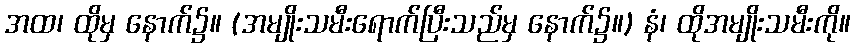
အထ၊ ထိုမှ နောက်၌။ (အမျိုးသမီးရောက်ပြီးသည်မှ နောက်၌။) နံ၊ ထိုအမျိုးသမီးကို။